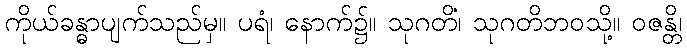
ကိုယ်ခန္ဓာပျက်သည်မှ။ ပရံ၊ နောက်၌။ သုဂတိံ၊ သုဂတိဘဝသို့။ ဝဇန္တိ၊